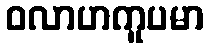
ဝလာဟကူပမာ